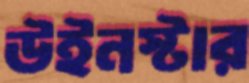
উইনস্টার